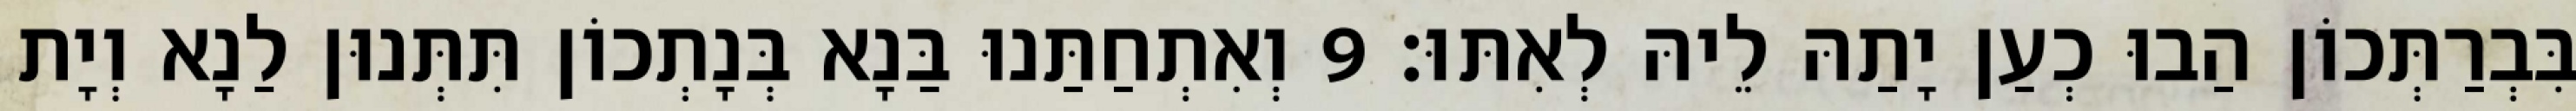
בִּבְרַתְּכוֹן הַבוּ כְעַן יָתַהּ לֵיהּ לְאִתּוּ׃ 9 וְאִתְחַתַּנוּ בַּנָא בְּנָתְכוֹן תִּתְּנוּן לַנָא וְיָת